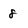
Character: 8